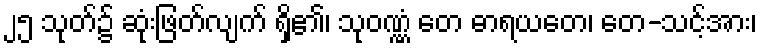
၂၅ သုတ်၌ ဆုံးဖြတ်လျက် ရှိ၏၊ သုဝဏ္ဏံ တေ ဓာရယတေ၊ တေ-သင့်အား၊